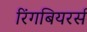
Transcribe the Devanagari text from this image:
रिंगबियरर्स